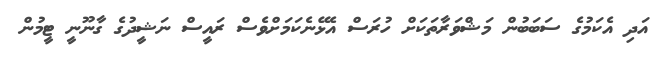
އަދި އެކަމުގެ ސަބަބުން މަޝްވަރާތަކަށް ހުރަސް އެޅޭނެކަމަށްވެސް ރައީސް ނަޝީދުގެ ގާނޫނީ ޓީމުން